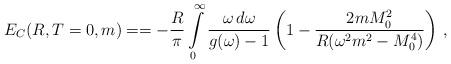
LaTeX: \begin{align*}E_C(R, T=0,m)==- \frac{R}{\pi}\int\limits_{0}^{\infty}\frac{\omega\,d\omega}{g(\omega)-1}\left (1-\frac{2mM_0^2}{R(\omega^2m^2-M_0^4)}\right )\,{,}\end{align*}